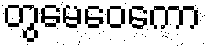
တွမေဝေကော